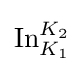
\operatorname {In} _{K_{1}}^{K_{2}}